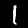
Digit: 1